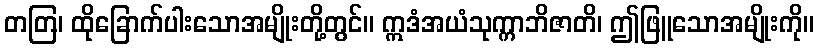
တတြ၊ ထိုခြောက်ပါးသောအမျိုးတို့တွင်။ ဣဒံအယံသုက္ကာဘိဇာတိ၊ ဤဖြူသောအမျိုးကို။